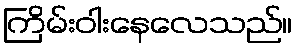
ကြိမ်းဝါးနေလေသည်။